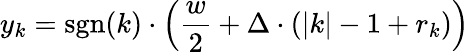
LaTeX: y_{k}=\operatorname{sgn}(k)\cdot\left({\frac{w}{2}}+\Delta\cdot(|k|-1+r_{k})\right)